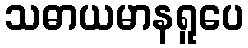
သဓာယမာနရူပေ